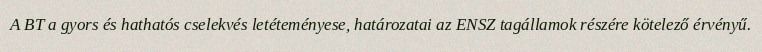
A BT a gyors és hathatós cselekvés letéteményese, határozatai az ENSZ tagállamok részére kötelező érvényű.